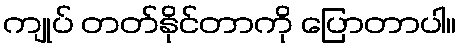
ကျုပ် တတ်နိုင်တာကို ပြောတာပါ။